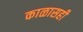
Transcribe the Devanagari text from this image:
काळासही